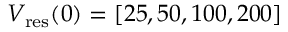
V _ { \mathrm { r e s } } ( 0 ) = [ 2 5 , 5 0 , 1 0 0 , 2 0 0 ]